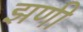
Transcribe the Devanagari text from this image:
झणी